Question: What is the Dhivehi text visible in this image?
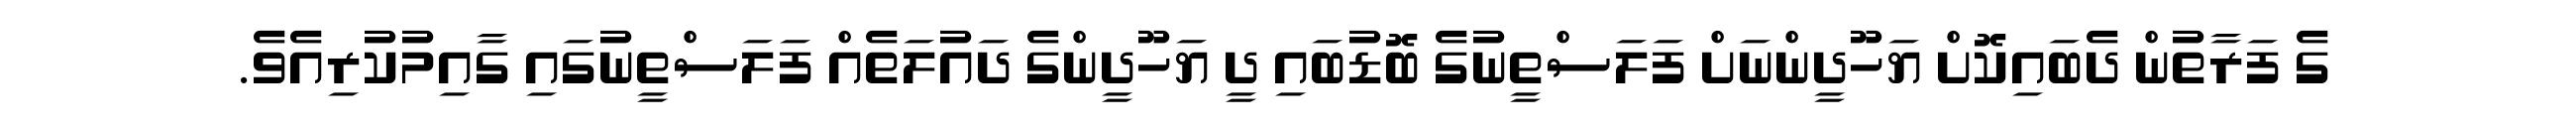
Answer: ގެ ފަރާތުން ދެބައިކޮށް ޔަހޫދީންނަށް ފަލަސްތީނުގެ ބޮޑުބައި ދީ ޔަހޫދީންގެ ދައުލަތެއް ފަލަސްތީނުގައި ގާއިމުކުރިއެވެ.